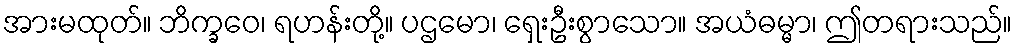
အားမထုတ်။ ဘိက္ခဝေ၊ ရဟန်းတို့။ ပဌမော၊ ရှေးဦးစွာသော။ အယံဓမ္မာ၊ ဤတရားသည်။